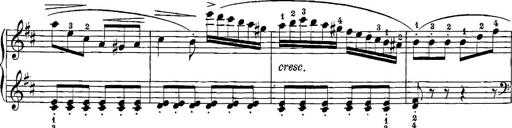
Title: 12 Sonatinas
Composer: Ignaz Pleyel